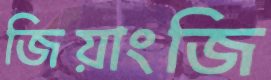
জিয়াংজি